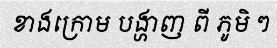
ខាងក្រោម បង្ហាញ ពី ភូមិ ៗ